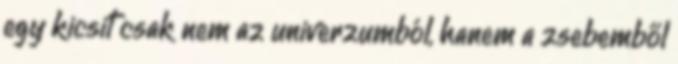
egy kicsit csak nem az univerzumból, hanem a zsebemből